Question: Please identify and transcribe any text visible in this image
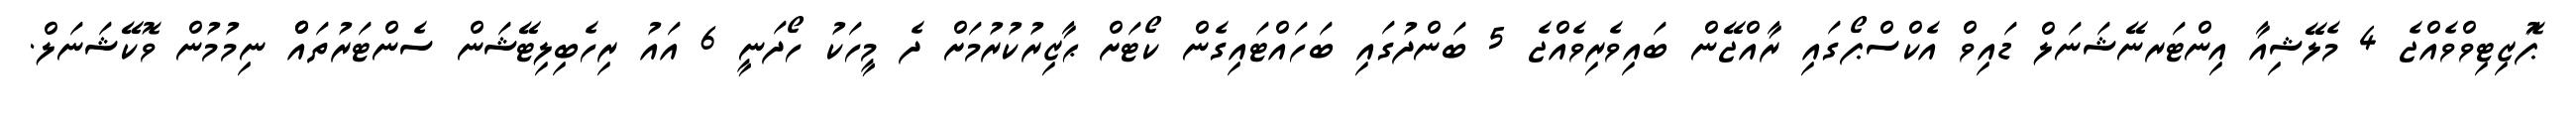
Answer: ޕަޮޒިޓިވްވެއްޖެ 4 މެލޭޝިއާ އިންޓަރނޭޝަނަލް ޑައިވް އެކްސްޕޯގައި ރާއްޖޭން ބައިވެރިވެއްޖެ 5 ބަންދުގައި ބަހައްޓައިގެން ކޯޓަށް ޙާޒިރުކުރުމަށް ދެ މީހަކު ހޯދަނީ 6 އައު ރިހެބިލިޓޭޝަން ސެންޓަރުތައްް ނިމުމުން ވޮކޭޝަނަލް.